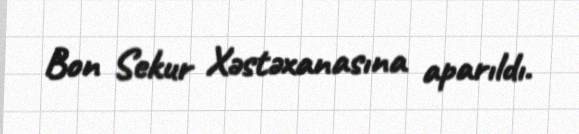
Bon Sekur Xəstəxanasına aparıldı.